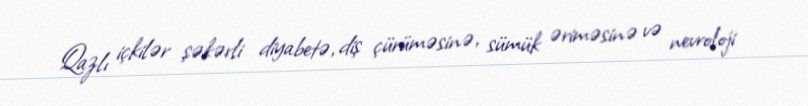
Qazlı içkilər şəkərli diyabetə, diş çürüməsinə, sümük əriməsinə və nevroloji